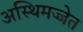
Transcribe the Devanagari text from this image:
अस्थिमज्जेत